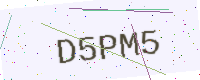
Text: D5PM5